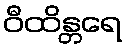
ဝီထိန္တရေ